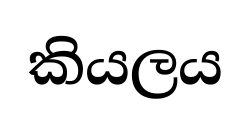
කියලය